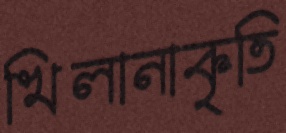
খিলানাকৃতি